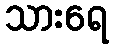
သားရေ